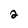
Character: 2